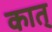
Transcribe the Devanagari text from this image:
कात्‌